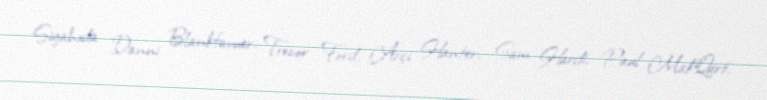
Siyahıda Danni Blankfavuer, Trevor Ford, Arçi Hanter, Sam Hardi, Paul MakQart,